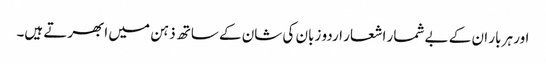
اور ہر بار ان کے بے شمار اشعار اردو زبان کی شان کے ساتھ ذہن میں ابھرتے ہیں۔